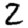
Digit: 2